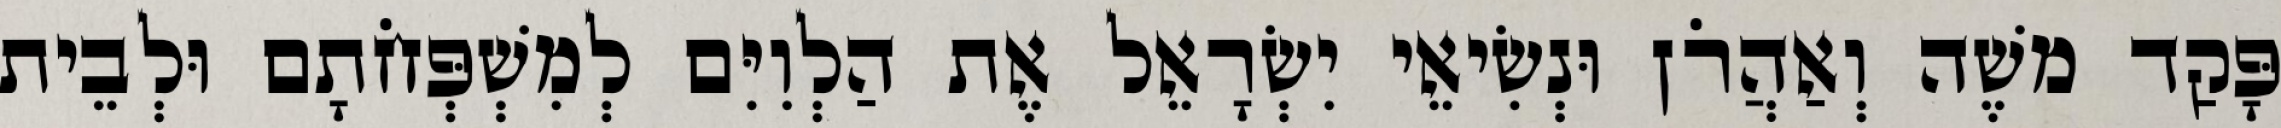
פָּקַד משֶׁה וְאַהֲרֹן וּנְשִׂיאֵי יִשְׂרָאֵל אֶת הַלְוִיִּם לְמִשְׁפְּחֹתָם וּלְבֵית